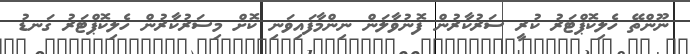
ނޫންތޭ ހެލިކޮޕްޓަރު ކުރީ ސަރުކާރުން ފޮނުވާލަން ނިންމާފައިވަނި ކޮށް މިސަރުކާރުން ހެލިކޮޕްޓަރު ގަނޑު